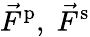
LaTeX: \vec{F}^{\mathrm{p}},\; \vec{F}^{\mathrm{s}}